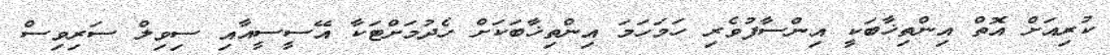
ކުރިއަށް އޮތް އިންތިޚާބަކީ އިންސާފުވެރި ހަމަހަމަ އިންތިޚާބަކަށް ހެދުމަށްޓަކާ އޭސީސީއާއި ސިވިލް ސަރިވިސް